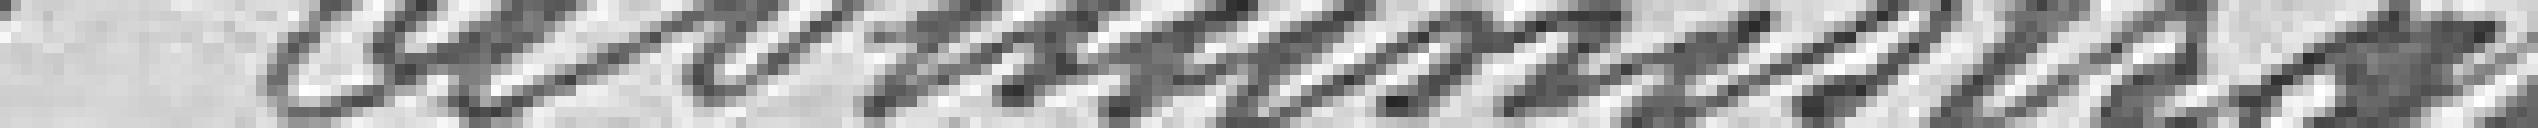
L'administrateur